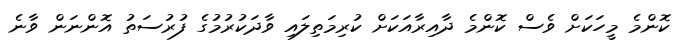
ކޮންމެ މީހަކަށް ވެސް ކޮންމެ ދާއިރާއަކަށް ކުރިމަތިލައި ވާދަކުރުމުގެ ފުރުސަތު އޮންނަން ވާނެ